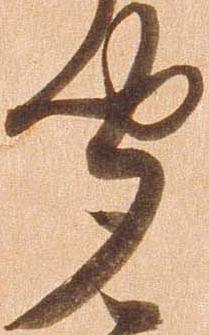
聞